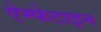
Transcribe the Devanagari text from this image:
ऐम्फेटाइन